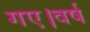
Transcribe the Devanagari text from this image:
गए।वर्ष